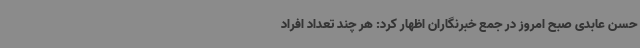
حسن عابدی صبح امروز در جمع خبرنگاران اظهار کرد: هر چند تعداد افراد